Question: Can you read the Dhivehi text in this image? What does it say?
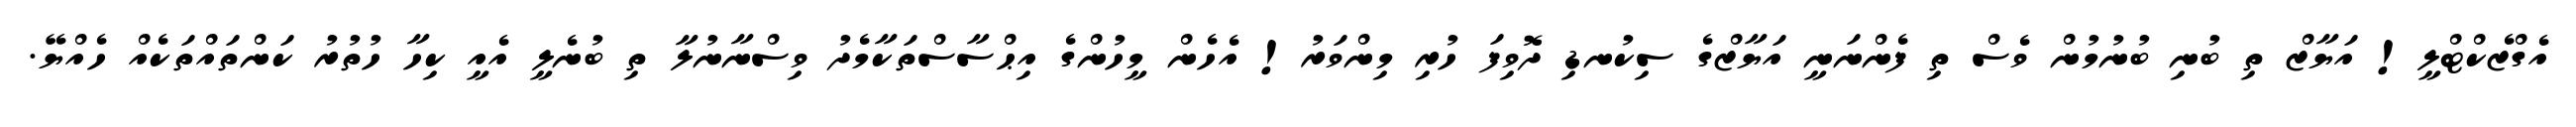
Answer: އެގްޒެކްޓްލީ! އަޔާޒް ތި ބުނި ބުނުމުން ވެސް ތި ފެންނަނީ އަޔާޒްގެ ސިކުނޑި ދޮވިފަ ހުރި މިންވަރު! އެހެން މީހުންގެ އިޙްސާސްތަކާމެދު ވިސްނާނުލާ ތި ބުނެލީ އެއީ ކިހާ ހުތުރު ކަންތައްތަކެއް ހެއްޔޭ.